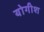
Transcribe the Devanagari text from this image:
योगीश